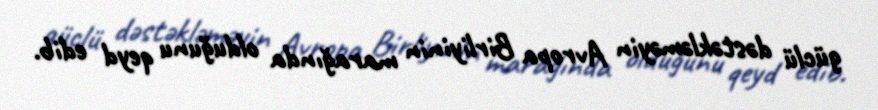
güclü dəstəkləməyin Avropa Birliyinin marağında olduğunu qeyd edib.